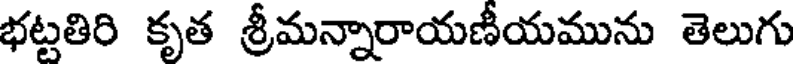
భట్టతిరి కృత శ్రీమన్నారాయణీయమును తెలుగు